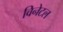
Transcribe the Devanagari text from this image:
विनेटल